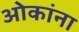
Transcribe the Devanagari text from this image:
ओकांना